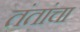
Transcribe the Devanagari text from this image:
तंतांचा